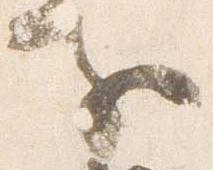
子